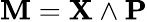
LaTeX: \mathbf{M}=\mathbf{X}\wedge\mathbf{P}